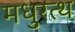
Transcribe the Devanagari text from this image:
मधुरत्थ